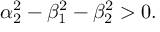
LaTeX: \alpha _ { 2 } ^ { 2 } - \beta _ { 1 } ^ { 2 } - \beta _ { 2 } ^ { 2 } > 0 .